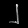
Digit: ၂